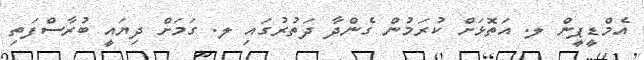
އެމްޑީޕީން ލ. އަތޮޅަށް ކުރަމުން ގެންދާ ދަތުރުގައި ލ. ގަމަށް ދިޔައީ ބުރާސްފަތި